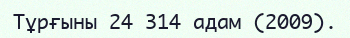
Тұрғыны 24 314 адам (2009).